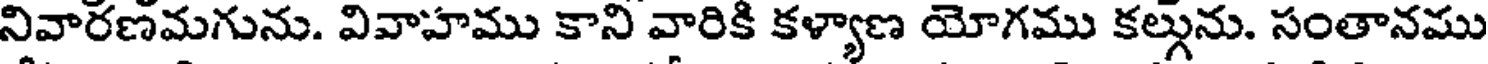
నివారణమగును. వివాహము కాని వారికి కళ్యాణ యోగము కల్గును. సంతానము